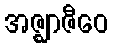
အဇ္ဈာဇီဝေ